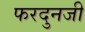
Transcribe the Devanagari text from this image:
फरदुनजी